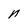
Character: n